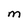
Character: M